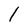
Character: l